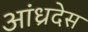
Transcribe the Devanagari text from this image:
आंध्रदेस